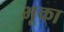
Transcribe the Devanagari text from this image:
भूका